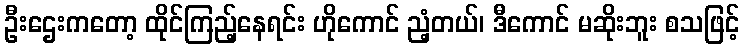
ဦးဌေးကတော့ ထိုင်ကြည့်နေရင်း ဟိုကောင် ညံ့တယ်၊ ဒီကောင် မဆိုးဘူး စသဖြင့်